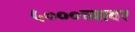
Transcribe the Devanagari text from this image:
५०००च्यावर